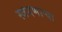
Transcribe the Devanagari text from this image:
स्त्रवणार्‍या